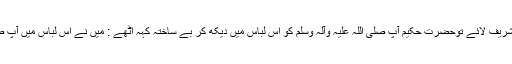
جب آپ صلی اللہ علیہ وآلہ وسلم نے اُسے زیبِ تن کیا، پھر مسجد میں تشریف لائے توحضرت حکیم آپ صلی اللہ علیہ وآلہ وسلم کو اس لباس میں دیکھ کر بے ساختہ کہہ اٹھے : میں نے اس لباس میں آپ صلی اللہ علیہ وآلہ وسلم سے زیادہ حسین جچتا ہوا انسان کبھی نہیں دیکھا۔